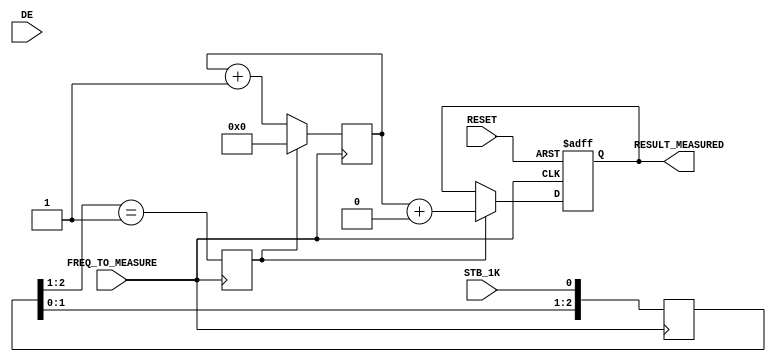
// Frequency Measurerement
// counts the actual periods of 'FREQ_TO_MEASURE' signal
// Depending on COUNT_MODE parameter, counts the clocks:
// - "STB_1K": at the interval between STB_1K pulses (1kHz period, the duty level must be 2x or more times longer than input freq.)
// - "DE":     in the DE window
// Updated: 20171014

module freq_measure
#(
 parameter FREQ_CNT_WIDTH = 16,
 parameter COUNT_MODE = "STB_1K"
)
(
 input RESET,  // async reset
 
 input STB_1K, // low_freq_domain strobe
 input DE,     // count window
 
 input FREQ_TO_MEASURE,
 
 output [FREQ_CNT_WIDTH-1:0] RESULT_MEASURED
);

 reg [FREQ_CNT_WIDTH-1:0] frequency_measured;
 reg [FREQ_CNT_WIDTH-1:0] in_freq_cnt;
 reg [FREQ_CNT_WIDTH-1:0] in_freq_cnt_filter [3:0];
 
 reg [1:0] filter_cnt;

 wire [FREQ_CNT_WIDTH-1+4:0] in_freq_cnt_result_filtered;
 
 assign RESULT_MEASURED = frequency_measured;

 // averaging result
 assign in_freq_cnt_result_filtered = {4'b00, in_freq_cnt_filter[0]} + {4'b00, in_freq_cnt_filter[1]}
                                    + {4'b00, in_freq_cnt_filter[2]} + {4'b00, in_freq_cnt_filter[3]};
 
 // generate 'FREQ_TO_MEASURE' domain strobe
 reg [2:0] stb_delay;
 reg stb_cnt_done_clkin_domain;
 
 wire stb_count_done;
 wire count_ena;
 wire [FREQ_CNT_WIDTH-1:0] result_correction;

//------------------------------------------------------------------------------
 generate if (COUNT_MODE == "STB_1K")
  begin  : gen_stb_1k
   assign stb_count_done = STB_1K;
   assign count_ena = 1'b1;
   assign result_correction = 0;
  end
  else
   begin   : gen_de
    assign stb_count_done = DE;
    assign count_ena = DE;
    assign result_correction = 1;
   end
 endgenerate
 
//------------------------------------------------------------------------------
 always @(posedge FREQ_TO_MEASURE)
  begin
   stb_delay                 <= { stb_delay[1:0], stb_count_done };
   stb_cnt_done_clkin_domain <= ( stb_delay[2:1] == 2'b01 );
  end
 
//------------------------------------------------------------------------------
 // input freq. counter and filter
 always @(posedge FREQ_TO_MEASURE)
  if (stb_cnt_done_clkin_domain) // end of strobe
   begin
    in_freq_cnt_filter[0] <= in_freq_cnt;// filter
    in_freq_cnt_filter[1] <= in_freq_cnt_filter[0];
    in_freq_cnt_filter[2] <= in_freq_cnt_filter[1];
    in_freq_cnt_filter[3] <= in_freq_cnt_filter[2];
    
    in_freq_cnt <= 0;
   end
   else                          // strobe is active
    if (count_ena)  in_freq_cnt++;
   
//------------------------------------------------------------------------------
 // latch result 
 always @(posedge FREQ_TO_MEASURE or posedge RESET)
  if (RESET)
    frequency_measured <= 0;
  else
  if (stb_cnt_done_clkin_domain) // end of strobe
   begin
    frequency_measured <= in_freq_cnt + result_correction; //[debug, no filtering] in_freq_cnt_result_filtered[FREQ_CNT_WIDTH-1+4:4];
   end

   
endmodule